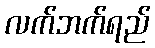
လက်ဘက်ရည်